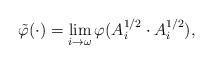
LaTeX: \begin{align*}\tilde \varphi(\cdot) = \lim_{i \to \omega} \varphi( A_i^{1/2} \cdot A_i^{1/2}),\end{align*}